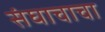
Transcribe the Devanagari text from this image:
संघाचाचा